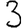
Digit: 3